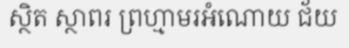
ស្ថិត ស្ថាពរ ព្រហ្មាមរអំណោយ ជ័យ